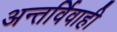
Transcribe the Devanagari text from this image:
अन्तर्विवाही